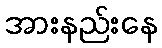
အားနည်းနေ